画像に写った文字を読んでください
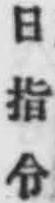
「日指令」と書いてあります